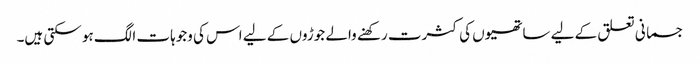
جسمانی تعلق کے لیے ساتھیوں کی کثرت رکھنے والے جوڑوں کے لیے اس کی وجوہات الگ ہو سکتی ہیں۔